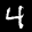
Label: 4